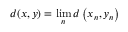
d ( x , y ) = \operatorname* { l i m } _ { n } d \left( x _ { n } , y _ { n } \right)